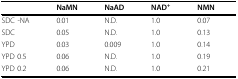
|  | NaMN | NaAD | NAD+ | NMN |
 | --- | --- | --- | --- | --- |
 | SDC -NA | 0.01 | N.D. | 1.0 | 0.07 |
 | SDC | 0.05 | N.D. | 1.0 | 0.13 |
 | YPD | 0.03 | 0.009 | 1.0 | 0.14 |
 | YPD 0.5 | 0.06 | N.D. | 1.0 | 0.19 |
 | YPD 0.2 | 0.06 | N.D. | 1.0 | 0.21 |